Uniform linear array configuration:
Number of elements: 8
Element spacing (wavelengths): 0.5
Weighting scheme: kaiser
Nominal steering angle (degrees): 45
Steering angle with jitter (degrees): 45.851
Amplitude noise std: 0.05
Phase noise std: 0.05

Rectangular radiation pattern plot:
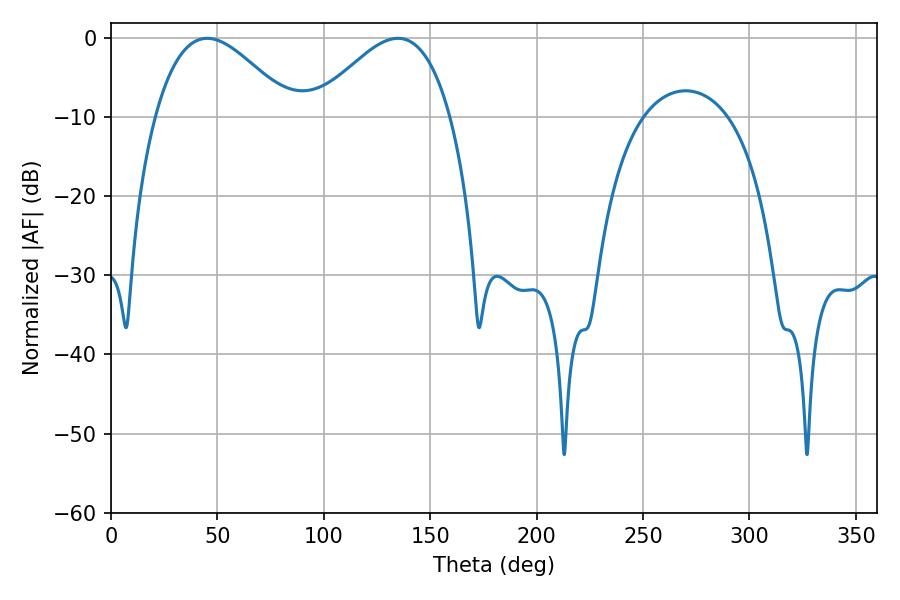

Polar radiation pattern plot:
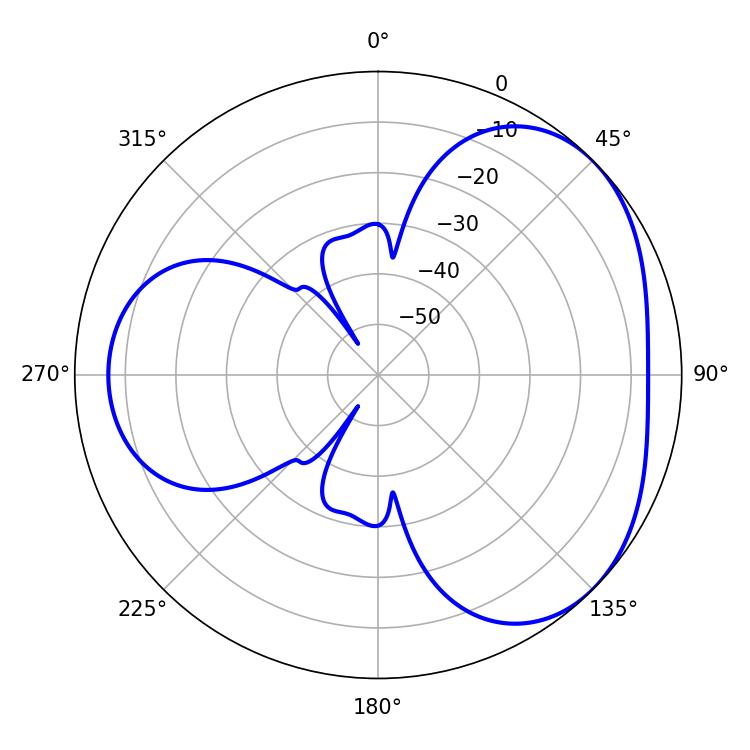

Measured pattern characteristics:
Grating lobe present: FALSE
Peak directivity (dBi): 3.64
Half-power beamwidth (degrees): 34.74
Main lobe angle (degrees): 134.82